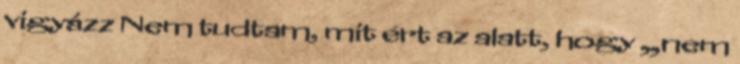
vigyázz Nem tudtam, mit ért az alatt, hogy „nem